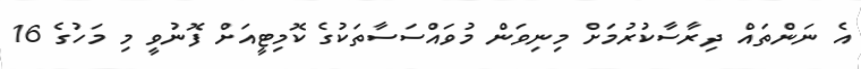
އެ ނަންތައް ދިރާސާކުރުމަށް މިނިވަން މުވައްސަސާތަކުގެ ކޮމިޓީއަށް ފޮނުވީ މި މަހުގެ 16